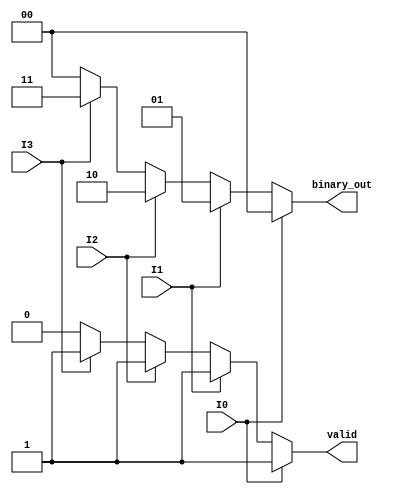
module priority_encoder (
    input wire I0,    // Input 0 (highest priority)
    input wire I1,    // Input 1
    input wire I2,    // Input 2
    input wire I3,    // Input 3 (lowest priority)
    output reg [1:0] binary_out, // 2-bit binary output for the highest-priority active input
    output reg valid // Valid output signal
);

always @(*) begin
    // Default values
    binary_out = 2'b00; // Default to 0 (no active input)
    valid = 1'b0;       // Default to invalid

    // Priority encoding logic
    if (I0) begin
        binary_out = 2'b00; // I0 is active
        valid = 1'b1;       // Set valid
    end
    else if (I1) begin
        binary_out = 2'b01; // I1 is active
        valid = 1'b1;       // Set valid
    end
    else if (I2) begin
        binary_out = 2'b10; // I2 is active
        valid = 1'b1;       // Set valid
    end
    else if (I3) begin
        binary_out = 2'b11; // I3 is active
        valid = 1'b1;       // Set valid
    end
end

endmodule